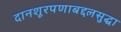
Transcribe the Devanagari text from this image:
दानशूरपणाबद्दलसुद्धा